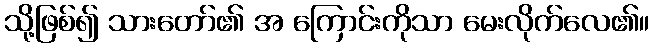
သို့ဖြစ်၍ သားတော်၏ အ ကြောင်းကိုသာ မေးလိုက်လေ၏။